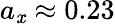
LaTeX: a_{\mathit{x}}\approx0.23